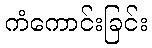
ကံကောင်းခြင်း